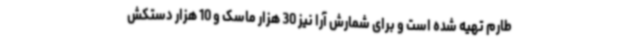
طارم تهیه شده است و برای شمارش آرا نیز 30 هزار ماسک و 10 هزار دستکش